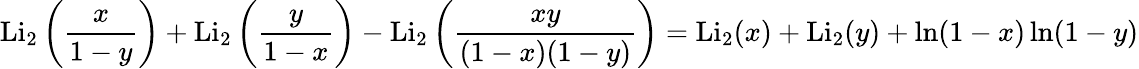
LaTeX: \operatorname{Li}_{2}\left({\frac{x}{1-y}}\right)+\operatorname{Li}_{2}\left({\frac{y}{1-x}}\right)-\operatorname{Li}_{2}\left({\frac{xy}{(1-x)(1-y)}}\right)=\operatorname{Li}_{2}(x)+\operatorname{Li}_{2}(y)+\ln(1-x)\ln(1-y)